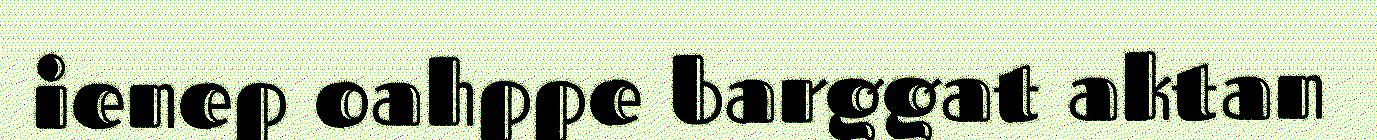
ienep oahppe barggat aktan